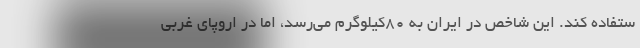
ستفاده کند. این شاخص در ایران به 80کیلوگرم می‌رسد، اما در اروپای غربی